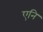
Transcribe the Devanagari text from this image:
एनि